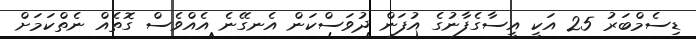
ޑިސެމްބަރު 25 އަކީ އީސާގެފާނުގެ އުފަން ދުވަސްކަން އެނގޭނެ އެއްވެސް ގޮތެއް ނެތްކަމަށް